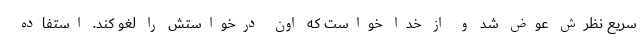
سریع نظرش عوض شد و از خدا خواست که اون درخواستش را لغو کند. استفاده